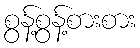
စွန့်စွန့်စားစား